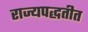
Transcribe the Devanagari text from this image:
राज्यपद्धतीत